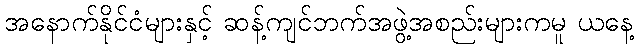
အနောက်နိုင်ငံများနှင့် ဆန့်ကျင်ဘက်အဖွဲ့အစည်းများကမူ ယနေ့